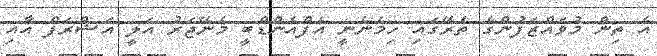
އެ ތިން މުވައްޒަފުންގެ ތެރޭގައި ހިމެނެނީ އެފްއެންޑްބީ މެނޭޖަރު އަލީ އަޝްރަފް އާއި